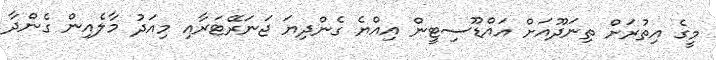
މީގެ އިތުރަށް ތިނަދޫއަށް އައްޑޫސިޓީން އިއްޔެ ގެންދިޔަ ޖަނަރޭޓަރާއި މިއަދު މާލެއިން ގެންދާ